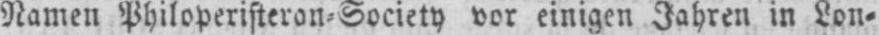
Namen Philoperisteron-Society vor einigen Jahren in Lon⸗